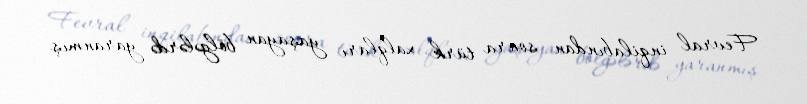
Fevral inqilabından sonra türk xalqları yaşayan bölgələrdə yaranmış